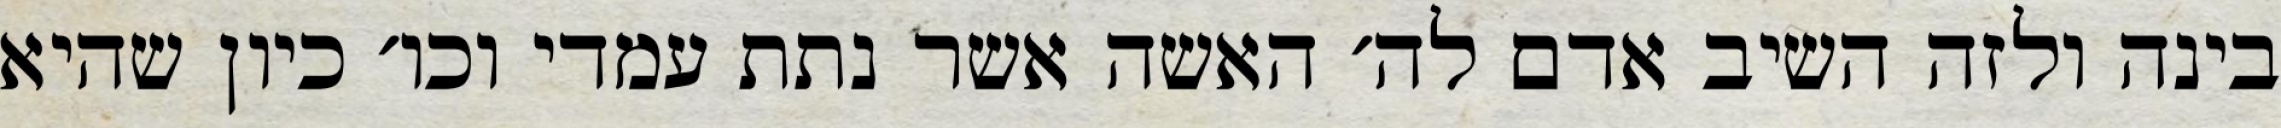
בינה ולזה השיב אדם לה׳ האשה אשר נתת עמדי וכו׳ כיון שהיא